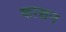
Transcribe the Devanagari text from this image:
काञ्चन